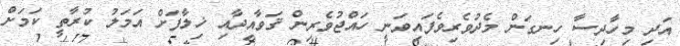
އަދި މިހާދިސާ ހިނގަން މެދުވެރިވެފައިވަނީ ހައްޖުވެރިން ޤަވާއިދާއި ޚިލާފަށް އަމަލު ކުރާތީ ކަމަށް